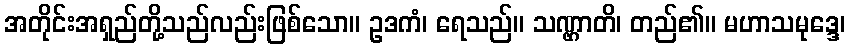
အတိုင်းအရှည်တို့သည်လည်းဖြစ်သော။ ဥဒကံ၊ ရေသည်။ သဏ္ဌာတိ၊ တည်၏။ မဟာသမုဒ္ဒေ၊